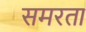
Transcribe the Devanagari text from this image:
समरता